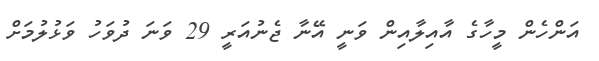
އަންހެން މީހާގެ އާއިލާއިން ވަނީ އޭނާ ޖެނުއަރީ 29 ވަނަ ދުވަހު ވަޅުލުމަށް